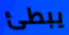
يبطئ